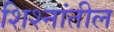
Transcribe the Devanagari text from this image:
शिश्नांतील